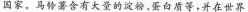
国家，马铃薯含有大量的淀粉、蛋白质等，并在世界